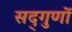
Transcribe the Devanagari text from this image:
सद्‌गुणों